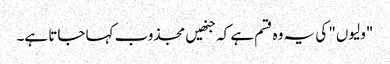
"ولیوں" کی یہ وہ قسم ہے کہ جنھیں مجذوب کہا جاتا ہے۔